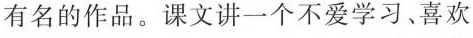
有名的作品。课文讲一个不爱学习、喜欢